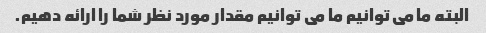
البته ما می توانیم ما می توانیم مقدار مورد نظر شما را ارائه دهیم.